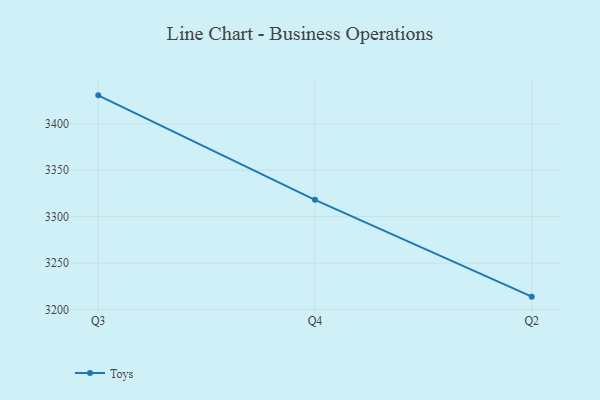
{"axis": {"x": "Quarter", "y": "Operating Costs (USD K)"}, "legend": ["Toys"], "data": [{"x": "Q3", "y": 3430.6, "type": "Toys"}, {"x": "Q4", "y": 3318.1, "type": "Toys"}, {"x": "Q2", "y": 3213.8, "type": "Toys"}]}